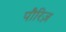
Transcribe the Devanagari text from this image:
पौरिज़